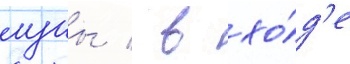
луны / в хо́д'е